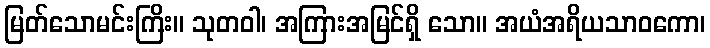
မြတ်သောမင်းကြိး။ သုတဝါ၊ အကြားအမြင်ရှိ သော။ အယံအရိယသာဝကော၊